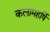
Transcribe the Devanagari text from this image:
कलामहर्षि